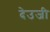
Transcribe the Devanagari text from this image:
देउजी